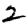
Digit: 2